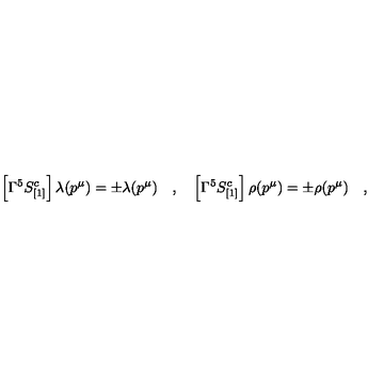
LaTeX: \left[ \Gamma ^ { 5 } S _ { [ 1 ] } ^ { c } \right] \lambda ( p ^ { \mu } ) = \pm \lambda ( p ^ { \mu } ) \quad , \quad \left[ \Gamma ^ { 5 } S _ { [ 1 ] } ^ { c } \right] \rho ( p ^ { \mu } ) = \pm \rho ( p ^ { \mu } ) \quad ,